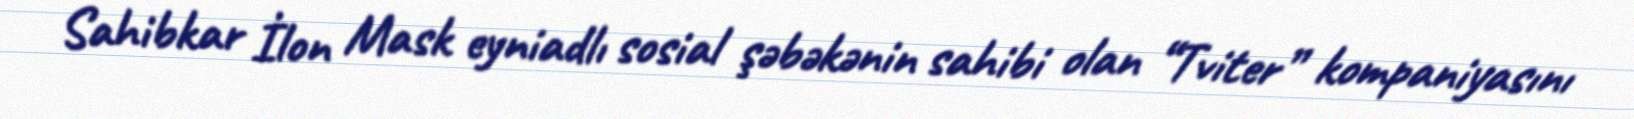
Sahibkar İlon Mask eyniadlı sosial şəbəkənin sahibi olan “Tviter” kompaniyasını